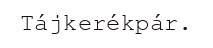
Tájkerékpár.